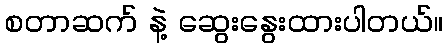
စတာဆက် နဲ့ ဆွေးနွေးထားပါတယ်။